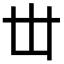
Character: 丗